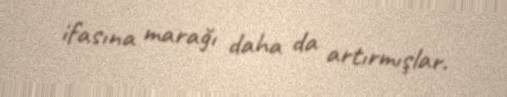
ifasına marağı daha da artırmışlar.